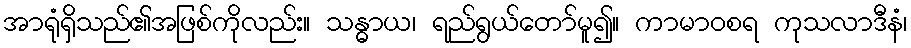
အာရုံရှိသည်၏အဖြစ်ကိုလည်း။ သန္ဓာယ၊ ရည်ရွယ်တော်မူ၍။ ကာမာဝစရ ကုသလာဒီနံ၊